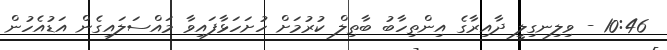
10:46 - ވިލިނގިލީ ދާއިރާގެ އިންތިހާބު ބާތިލް ކުރުމަށް ހުށަހަޅާފައިވާ މައްސަލައިގެން އަޑުއެހުން